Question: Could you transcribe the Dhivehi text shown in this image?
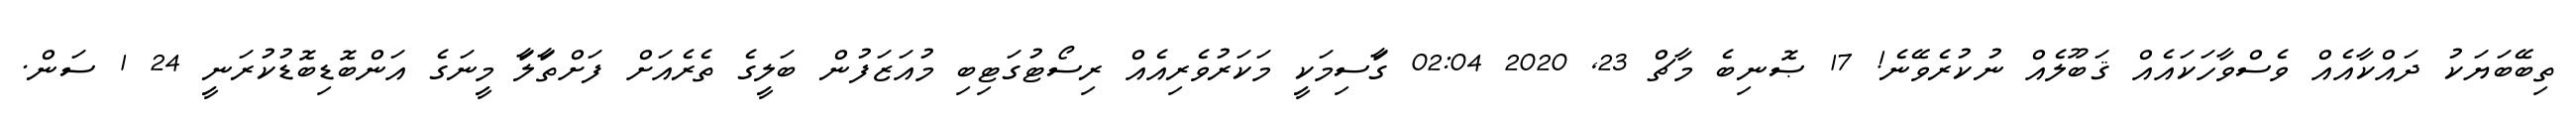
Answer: ތިބޭބަޔަކު ދައްކާއެއް ވެސްވާހަކައެއް ޤަބޫލެއް ނުކުރެވޭނެ! 17 ޞޮނިބެ މާޗް 23, 2020 02:04 ގަާސިމަކިީ މަކަރުވެރިއެއް ރިސޯޓުގަޓިބި މުއަޒަފުން ބަލިީގެ ތެރެއަށް ފަށްތަާލަާ މިީނަގެ އަންބޮޑިބޮޑުކުރަނިީ 24 1 ސަން.